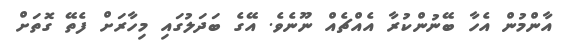
އާންމުން އެހާ ބޭނުންކުރާ އެއްޗެއް ނޫނެވެ. އޭގެ ބަދަލުގައި މިހާރަށް ފެތޭ ގޮތަށް